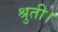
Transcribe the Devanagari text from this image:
श्रुती।